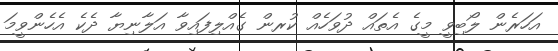
އަހަރެން ލޯބިވީ މީގެ އެތައް ދުވަހެއް ކުރން ގެއްލިފައިވާ އަލާނިޔާ ދެކެ އެހެންވީމަ